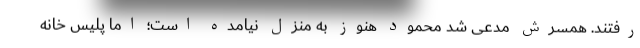
رفتند. همسرش مدعی شد محمود هنوز به منزل نیامده است؛ اما پلیس خانه